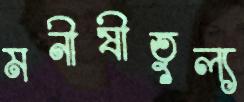
মনীষীতুল্য